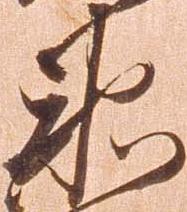
衛